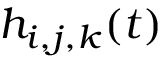
h _ { i , j , k } ( t )